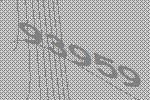
93959